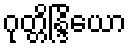
ဂုတ္တိန္ဒြိယော